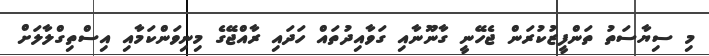
މި ސިޔާސަތު ތަންފީޒުކުރަން ޖެހޭނީ ގާނޫނާއި ގަވާއިދުތައް ހަދައި ރާއްޖޭގެ މިނިވަންކަމާއި އިސްތިގްލާލަށް